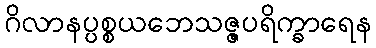
ဂိလာနပ္ပစ္စယဘေသဇ္ဇပရိက္ခာရေန